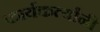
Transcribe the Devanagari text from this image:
कार्यकर्त्यांंनी